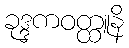
ခုဒ္ဒကဝတ္ထူနိ